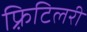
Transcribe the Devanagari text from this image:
फ़्रिटिलरी